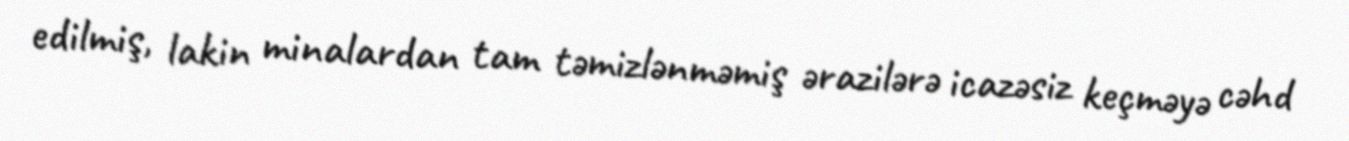
edilmiş, lakin minalardan tam təmizlənməmiş ərazilərə icazəsiz keçməyə cəhd